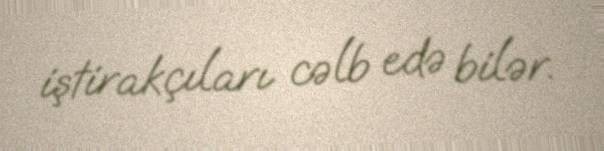
iştirakçıları cəlb edə bilər.